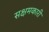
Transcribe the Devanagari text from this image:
सक्षमकारी